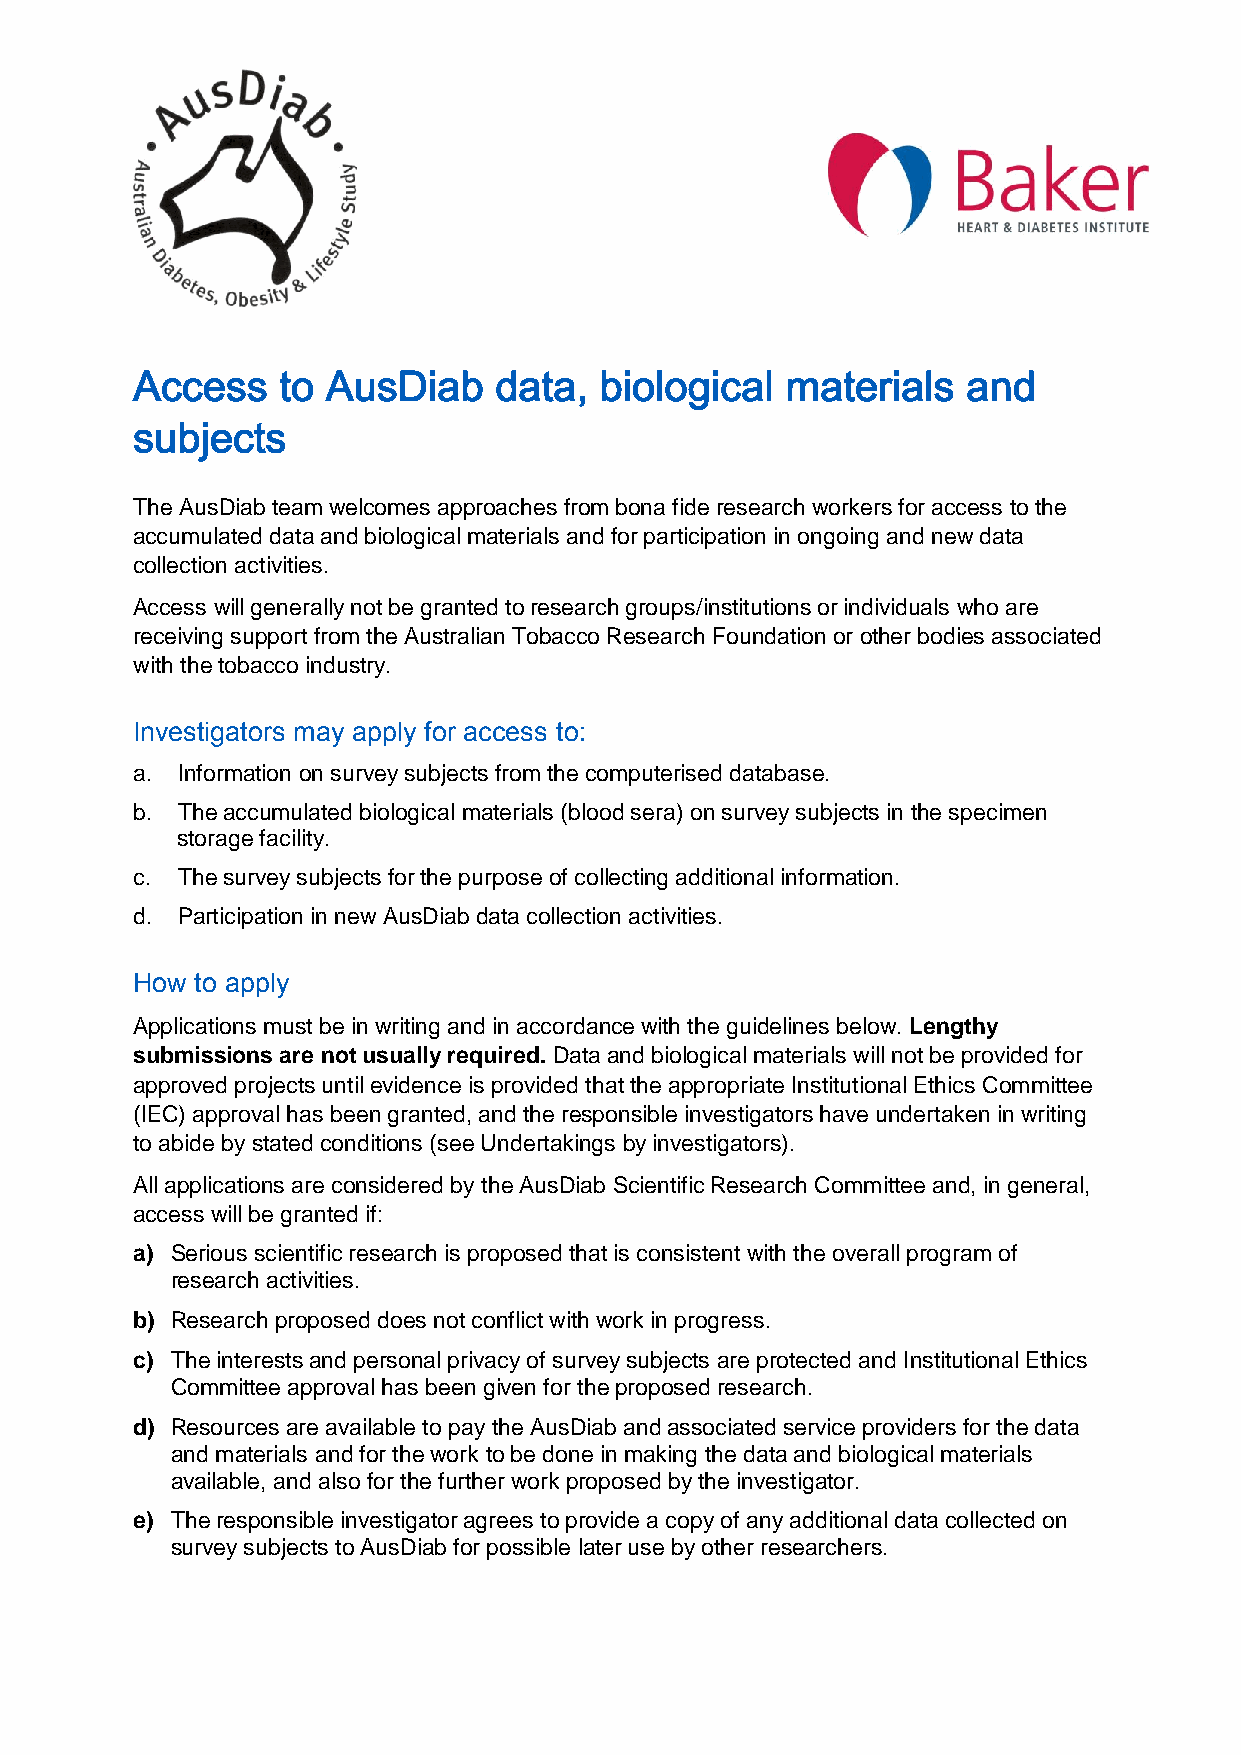
Access   to  AusDiab    data,  biological  materials   and
 subjects
 The AusDiab team welcomes approaches from bona fide research workers for access to the
 accumulated data and biological materials and for participation in ongoing and new data
 collection activities.
 Access will generally not be granted to research groups/institutions or individuals who are
 receiving support from the Australian Tobacco Research Foundation or other bodies associated
 with the tobacco industry.
 Investigators may apply for access to:
 a. Information on survey subjects from the computerised database.
 b. The accumulated biological materials (blood sera) on survey subjects in the specimen
 storage facility.
 c. The survey subjects for the purpose of collecting additional information.
 d. Participation in new AusDiab data collection activities.
 How to apply
 Applications must be in writing and in accordance with the guidelines below. Lengthy
 submissions are not usually required. Data and biological materials will not be provided for
 approved projects until evidence is provided that the appropriate Institutional Ethics Committee
 (IEC) approval has been granted, and the responsible investigators have undertaken in writing
 to abide by stated conditions (see Undertakings by investigators).
 All applications are considered by the AusDiab Scientific Research Committee and, in general,
 access will be granted if:
 a) Serious scientific research is proposed that is consistent with the overall program of
 research activities.
 b) Research proposed does not conflict with work in progress.
 c) The interests and personal privacy of survey subjects are protected and Institutional Ethics
 Committee approval has been given for the proposed research.
 d) Resources are available to pay the AusDiab and associated service providers for the data
 and materials and for the work to be done in making the data and biological materials
 available, and also for the further work proposed by the investigator.
 e) The responsible investigator agrees to provide a copy of any additional data collected on
 survey subjects to AusDiab for possible later use by other researchers.